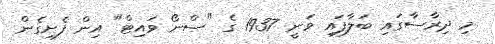
މި ދިރާސާގައި ބަލާފައި ވަނީ 1937 ގެ "ސްނޯ ވައިޓް" އިން ފެށިގެން